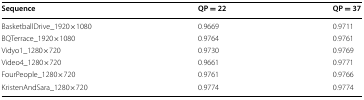
| Sequence | QP = 22 | QP = 37 |
 | --- | --- | --- |
 | BasketballDrive_1920×1080 | 0.9669 | 0.9711 |
 | BQTerrace_1920×1080 | 0.9764 | 0.9761 |
 | Vidyo1_1280×720 | 0.9730 | 0.9769 |
 | Video4_1280×720 | 0.9661 | 0.9771 |
 | FourPeople_1280×720 | 0.9761 | 0.9766 |
 | KristenAndSara_1280×720 | 0.9774 | 0.9774 |